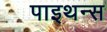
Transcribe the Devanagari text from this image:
पाइथन्स